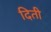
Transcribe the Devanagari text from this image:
दिती